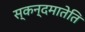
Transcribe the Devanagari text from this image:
स्कन्दमातेति